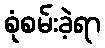
စုံစမ်းခဲ့ရာ